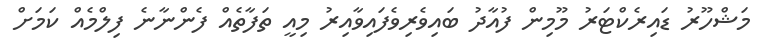
މަޝްހޫރު ޑައިރެކްޓަރު މޫމިން ފުއާދު ބައިވެރިވެފައިވާއިރު މިއީ ތަފާތެއް ފެންނާނެ ފިލްމެއް ކަމަށް